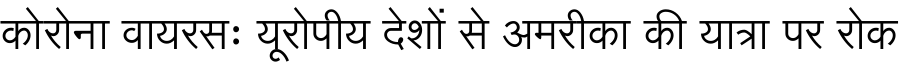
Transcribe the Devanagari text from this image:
कोरोना वायरसः यूरोपीय देशों से अमरीका की यात्रा पर रोक